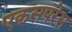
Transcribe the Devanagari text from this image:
एकसपरेस